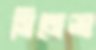
সিমেন্স